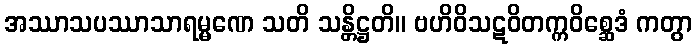
အဿာသပဿာသာရမ္မဏေ သတိ သန္တိဋ္ဌတိ။ ဗဟိဝိသဋဝိတက္ကဝိစ္ဆေဒံ ကတွာ